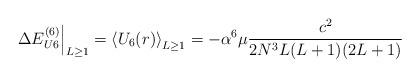
LaTeX: \begin{align*}\left.\Delta E^{(6)}_{U6}\right|_{L\ge 1}=\left\langle U_6(r)\right\rangle_{L\ge 1}=-\alpha^6\mu\frac {c^2}{2N^3L(L+1)(2L+1)}\end{align*}